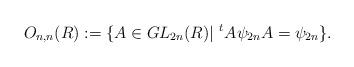
LaTeX: \begin{align*}O_{n,n}(R) := \{ A \in GL_{2n}(R) | \,\, ^{t}A\psi_{2n}A = \psi_{2n} \}.\end{align*}